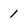
Character: 1